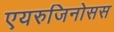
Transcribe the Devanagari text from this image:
एयरुजिनोसस